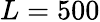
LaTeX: L=500